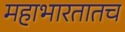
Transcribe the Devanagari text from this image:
महाभारतातच